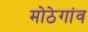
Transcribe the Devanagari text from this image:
मोठेगांव